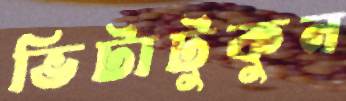
ভিটাটুকুন